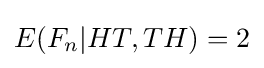
E(F_{n}|HT,TH)=2